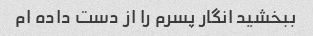
ببخشید انگار پسرم را از دست داده ام